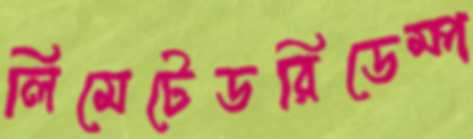
লিমেটেডরিডেম্প